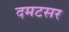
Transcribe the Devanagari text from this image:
दमटसर